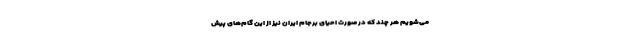
می‌شویم هر چند که در صورت احیای برجام ایران نیز از این گام‌های پیش